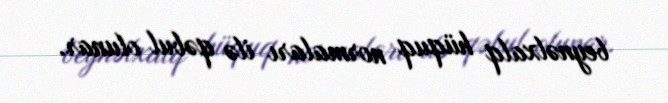
beynəlxalq hüquq normaları ilə qəbul olunar.